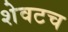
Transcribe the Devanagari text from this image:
शेवटच